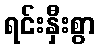
ရင်းနှီးစွာ